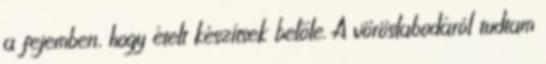
a fejemben, hogy ételt készítsek belőle. A vöröslabodáról tudtam